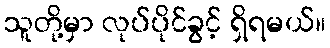
သူတို့မှာ လုပ်ပိုင်ခွင့် ရှိရမယ်။